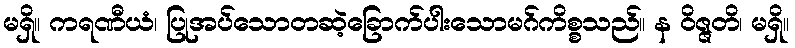
မရှိ။ ကရဏီယံ၊ ပြုအပ်သောတဆဲ့ခြောက်ပါးသောမဂ်ကိစ္စသည်။ န ဝိဇ္ဇတိ၊ မရှိ။